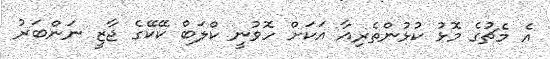
އެ މެޗުގެ މޮޅު ކުޅުންތެރިއާ އަކަށް ހޮވުނީ ކްލަބް ކޭކޭގެ ޖާޒީ ނަންބަރު